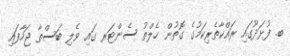
ބ. ފުޅަދޫގައި ރައްކާތެރިކަމުގެ ގޮތުން ހެލްތު ސެންޓަރ ގައި ވެލި ބަސްތާ ޖަހާފައި